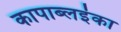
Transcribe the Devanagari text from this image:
कापाब्लइंका